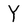
Character: Y